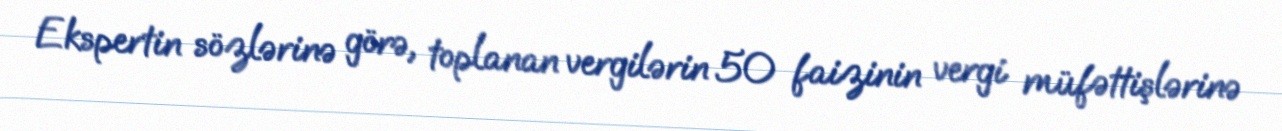
Ekspertin sözlərinə görə, toplanan vergilərin 50 faizinin vergi müfəttişlərinə